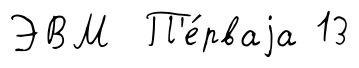
ЭВМ П'е́рваjа 13